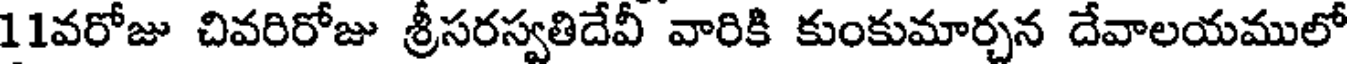
11వరోజు చివరిరోజు శ్రీసరస్వతిదేవీ వారికి కుంకుమార్చన దేవాలయములో